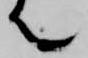
て